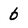
Character: 6